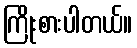
ကြိုးစားပါတယ်။